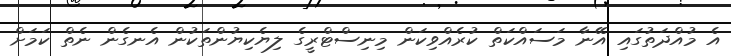
އެ މުއްދަތުގައި އޭނާ މަސައްކަތް ކުރެއްވިކަން މިނިސްޓްރީގެ ލިޔެކިޔުންތަކުން އެނގެން ނެތް ކަމަށް